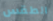
الطقس